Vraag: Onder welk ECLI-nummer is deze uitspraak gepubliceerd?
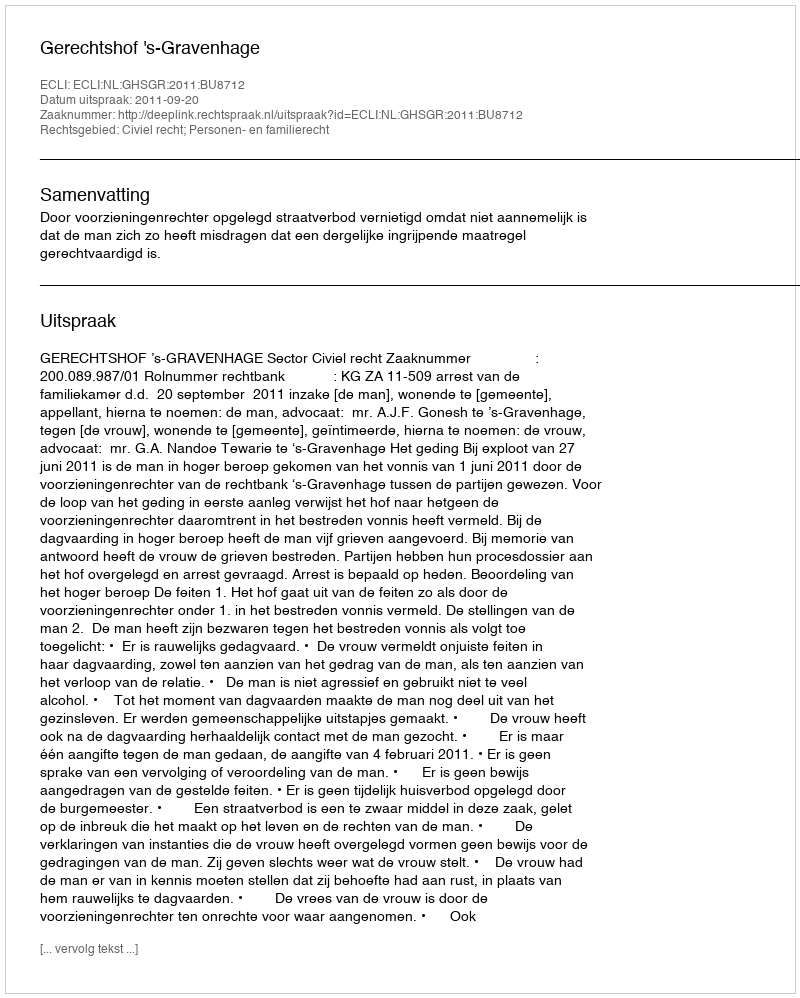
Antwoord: ECLI:NL:GHSGR:2011:BU8712